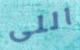
اللى